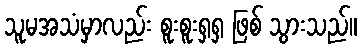
သူမအသံမှာလည်း စူးစူးရှရှ ဖြစ် သွားသည်။